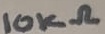
Text: 10KΩ